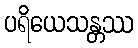
ပရိယေသန္တဿ